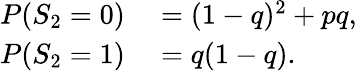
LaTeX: \begin{array}{rl}{P(S_{2}=0)}&{{}=(1-q)^{2}+pq,}\\ {P(S_{2}=1)}&{{}=q(1-q).}\end{array}